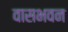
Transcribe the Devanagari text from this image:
वासभवन